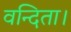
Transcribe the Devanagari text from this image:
वन्दिता।